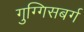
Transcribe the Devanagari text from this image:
गुग्गिसबर्ग